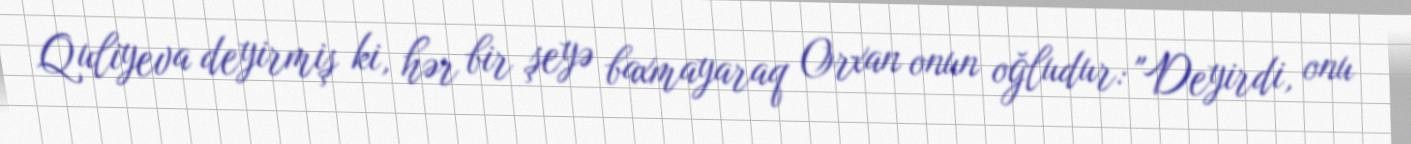
Quliyeva deyirmiş ki, hər bir şeyə baxmayaraq Orxan onun oğludur: "Deyirdi, onu